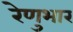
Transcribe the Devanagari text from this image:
रेणुभार